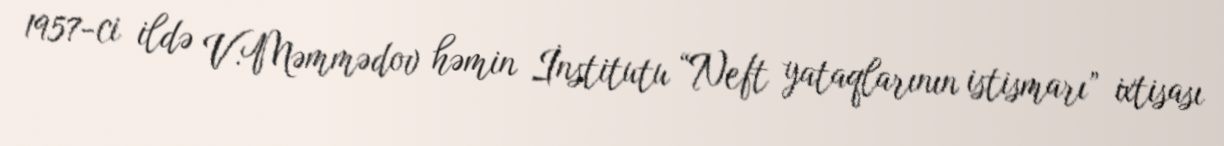
1957-ci ildə V.Məmmədov həmin İnstitutu “Neft yataqlarının istismarı” ixtisası